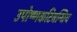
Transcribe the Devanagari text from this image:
उपोष्णकटिबन्धिय